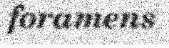
foramens